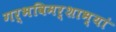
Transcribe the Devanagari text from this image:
गर्भविमर्शाभ्यां